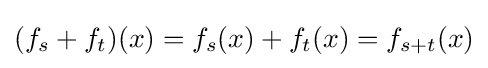
(f_{s}+f_{t})(x)=f_{s}(x)+f_{t}(x)=f_{s+t}(x)